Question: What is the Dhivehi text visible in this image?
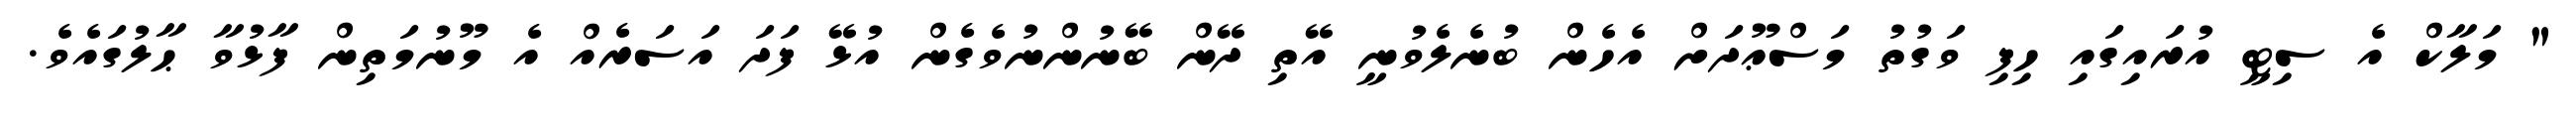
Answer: " މަލާކް އެ ސިޓީ އުރައިގައި ހިފި ވަގުތު މަސްޢޫދަށް އެހެން ބުނެލެވުނީ އޭތި ދޭން ބޭނުންނުވެގެން އުޅޭ ފަދަ އަސަރެއް އެ މޫނުމަތިން ފާޅުވާ ޙާލުގައެވެ.